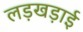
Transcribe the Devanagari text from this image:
लड़खड़ाई